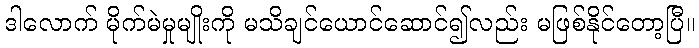
ဒါလောက် မိုက်မဲမှုမျိုးကို မသိချင်ယောင်ဆောင်၍လည်း မဖြစ်နိုင်တော့ပြီ။